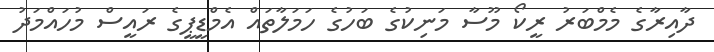
ދާއިރާގެ މެމްބަރު ރީކޯ މޫސާ މަނިކުގެ ބަހުގެ ހަމަލާތައް އެމްޑީޕީގެ ރައީސް މުހައްމަދު